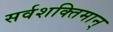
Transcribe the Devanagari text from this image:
सर्वशक्‍तिमान्